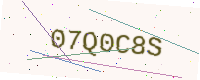
Text: 07Q0C8S